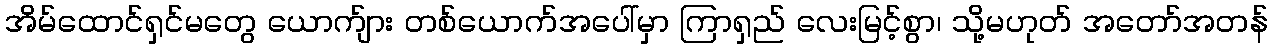
အိမ်ထောင်ရှင်မတွေ ယောက်ျား တစ်ယောက်အပေါ်မှာ ကြာရှည် လေးမြင့်စွာ၊ သို့မဟုတ် အတော်အတန်